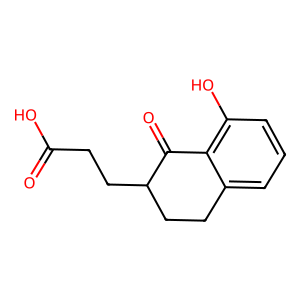
SMILES: O=C(O)CCC1CCc2cccc(O)c2C1=O
Inhibits HIV replication: No